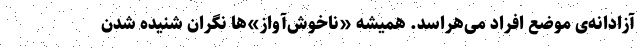
آزادانه‌ی موضع افراد می‌هراسد. همیشه «ناخوش‌آواز»ها نگران شنیده شدن